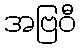
အဗြဝီ